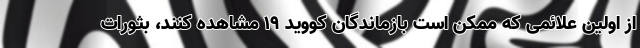
از اولین علائمی که ممکن است بازماندگان کووید ۱۹ مشاهده کنند، بثورات